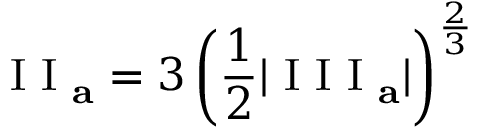
\mathrm { ~ I ~ I ~ } _ { \mathbf { a } } = 3 \left( \frac { 1 } { 2 } | \mathrm { ~ I ~ I ~ I ~ } _ { \mathbf { a } } | \right) ^ { \frac { 2 } { 3 } }